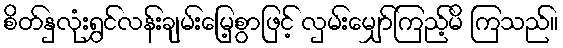
စိတ်နှလုံးရွှင်လန်းချမ်းမြေ့စွာဖြင့် လှမ်းမျှော်ကြည့်မိ ကြသည်။